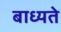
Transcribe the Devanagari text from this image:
बाध्यते